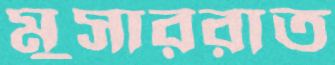
মুসাররাত